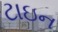
ટાઇન